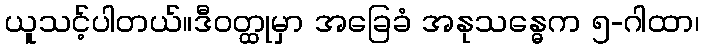
ယူသင့်ပါတယ်။ဒီဝတ္ထုမှာ အခြေခံ အနုသန္ဓေက ၅-ဂါထာ၊